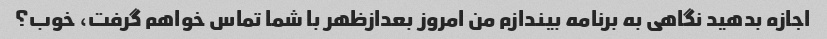
اجازه بدهید نگاهی به برنامه بیندازم من امروز بعدازظهر با شما تماس خواهم گرفت، خوب؟